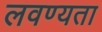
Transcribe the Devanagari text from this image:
लवण्यता